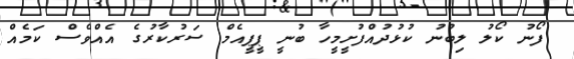
ފޯނު ކޯލު ލިބުނު ކުޅުދުއްފުށީމީހާ ބުނީ ޕީޕީއެމް ސަރުކާރުގެ އެއްވެސް ކަމެއް